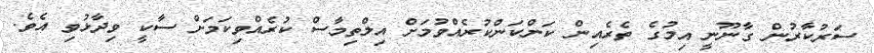
ސަރުކާރުން ގާނޫނީ އިމުގެ ތެރެއިން ކަންކަންކުރެއްވުމަށް އިލްތިމާސް ކުރެއްވިކަމަށް ސާކީ ވިދާޅުވި އެވެ.